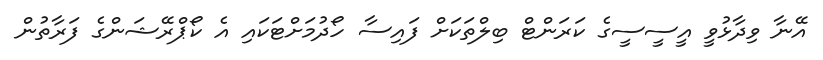
އޭނާ ވިދާޅުވީ އީސީސީގެ ކަރަންޓް ބިލްތަކަށް ފައިސާ ހޯދުމަށްޓަކައި އެ ކޯޕްރޭޝަންގެ ފަރާތުން